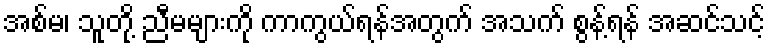
အစ်မ၊ သူတို့ ညီမများကို ကာကွယ်ရန်အတွက် အသက် စွန့်ရန် အဆင်သင့်